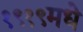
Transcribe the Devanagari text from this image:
१९१९मधे